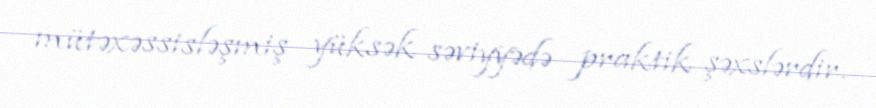
mütəxəssisləşmiş yüksək səviyyədə praktik şəxslərdir.